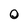
Character: 0